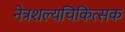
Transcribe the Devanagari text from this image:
नेत्रशल्यचिकित्सक